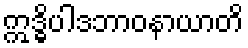
ဣဒ္ဓိပါဒဘာဝနာယာတိ